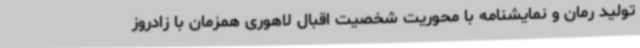
تولید رمان و نمایشنامه با محوریت شخصیت اقبال لاهوری همزمان با زادروز